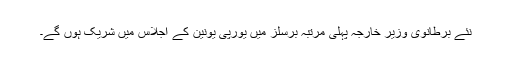
نئے برطانوی وزیر خارجہ پہلی مرتبہ برسلز میں یورپی یونین کے اجلاس میں شریک ہوں گے۔